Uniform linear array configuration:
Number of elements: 8
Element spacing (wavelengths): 0.5
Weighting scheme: cosine
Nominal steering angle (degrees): -60
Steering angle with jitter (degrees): -61.839
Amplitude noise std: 0.05
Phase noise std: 0.05

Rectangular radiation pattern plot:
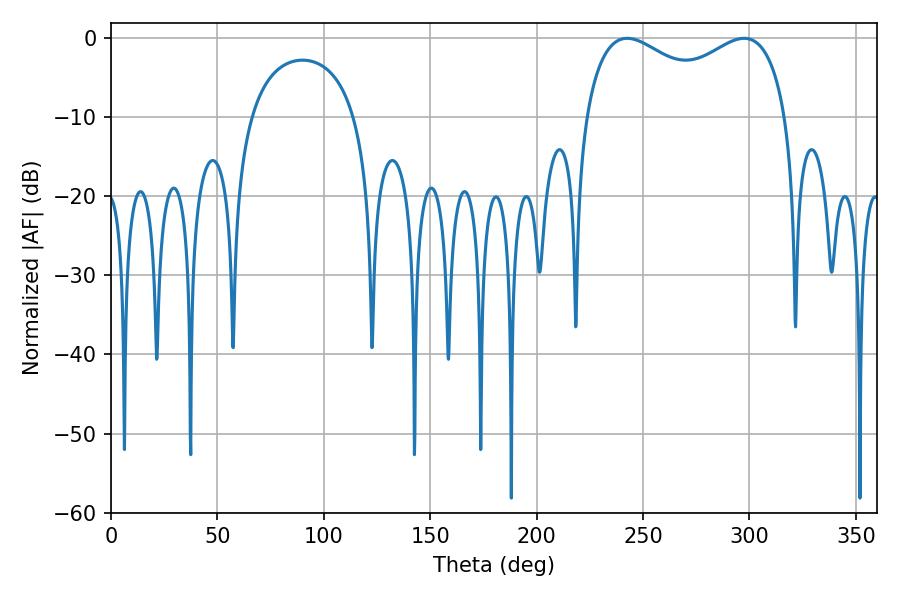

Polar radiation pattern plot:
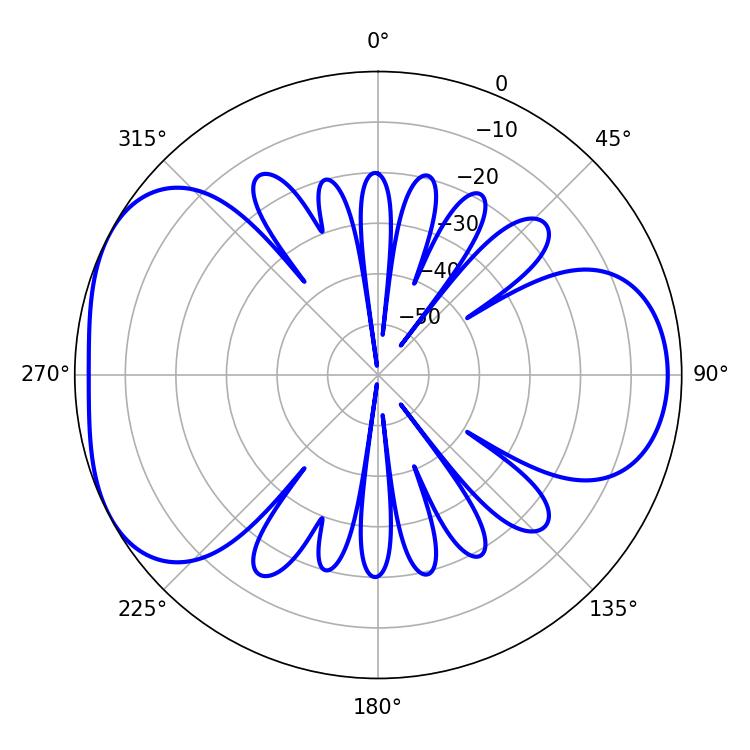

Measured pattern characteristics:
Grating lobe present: FALSE
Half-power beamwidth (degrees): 79.2
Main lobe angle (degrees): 242.46